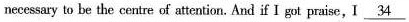
necessary to be the center of attention. And if I got praise, I \underline{34}